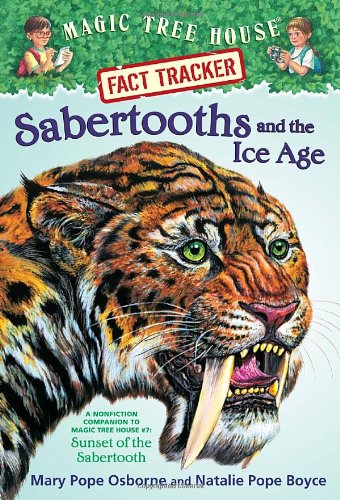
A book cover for Magic Tree House Fact Tracker #12: Sabertooths and the Ice Age: A Nonfiction Companion to Magic Tree House #7: Sunset of the Sabertooth; Mary Pope Osborne; Children's Books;